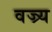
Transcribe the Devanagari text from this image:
वज्र्य